Rangoon Lunatic Asylum 1878-1892 - 1878-1892
Year: 1878
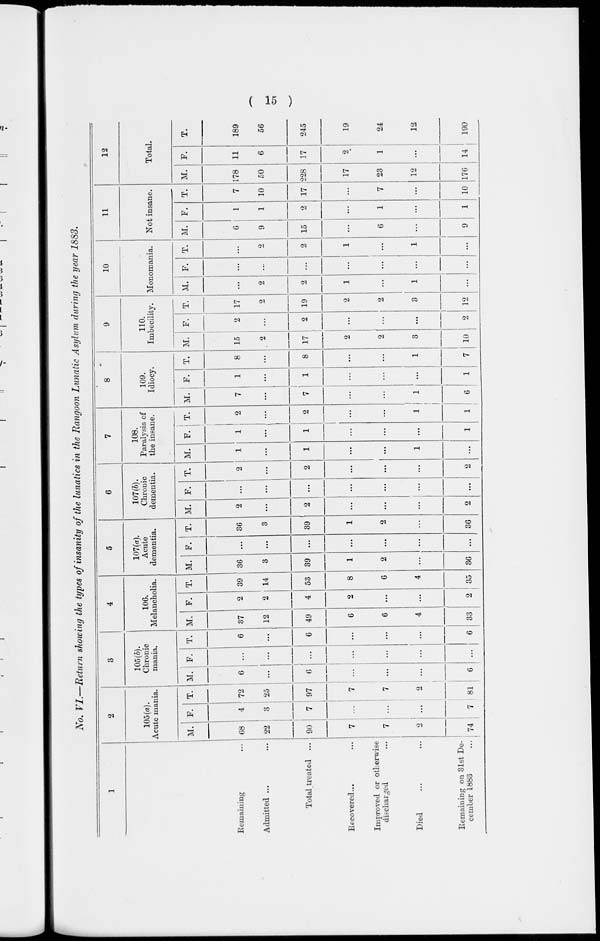
( 15 )
No. VI.—Return showing the types of insanity of the lunatics in the Rangoon Lunatic Asylum, during the year 1883.
1
Remaining ...
Admitted ... ...
Total treated ...
Recovered... ...
Improved or otherwise
discharged ...
Died ... ...
Remaining on 31st De-
cember 1883 ...
2
105(a).
Acute mania.
M.
68
22
90
7
7
2
74
F.
4
3
7
...
...
...
7
T.
72
25
97
7
7
2
81
3
105(b).
Chronic
mania.
M.
6
...
6
...
...
...
6
F.
...
...
...
...
...
...
...
T.
6
...
6
...
...
6
4
106.
Melancholia.
M.
37
12
49
6
6
4
33
F.
2
2
4
2
...
...
2
T.
39
14
53
8
6
4
35
5
107(a).
Acute
dementia.
M.
36
3
39
1
2
...
36
F.
...
...
...
...
...
...
...
T.
36
3
39
1
2
...
36
6
107(b).
Chronic
dementia.
M.
2
...
2
...
...
...
2
F.
...
...
...
...
...
...
T.
2
...
2
...
...
...
2
7
108.
Paralysis of
the insane.
M.
1
...
1
...
...
1
...
F.
1
...
1
...
...
...
1
T.
2
...
2
...
...
1
1
8
109.
Idiocy.
M.
7
...
7
...
...
1
6
F.
1
...
1
...
...
...
1
T.
8
...
8
...
...
1
7
9
110.
Imbecility.
M.
15
2
17
2
2
3
10
F.
2
...
2
...
...
...
2
T.
17
2
19
2
2
3
12
10
Monomania.
M.
...
2
2
1
...
1
...
F.
...
...
...
...
...
...
...
T.
...
2
2
1
...
1
...
11
Not insane.
M.
6
9
15
...
6
...
9
F.
1
1
2
...
1
...
1
T.
7
10
17
...
7
...
10
12
Total.
M.
178
50
228
17
23
12
176
F.
11
6
17
2
1
...
14
T.
189
56
245
19
24
12
190